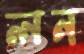
লন